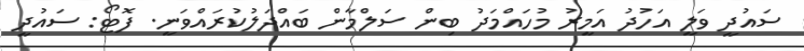
ސައުދީ ވަލީ އަހުދު އަމީރު މުހައްމަދު ބިން ސަލްމާން ބައްދަލުކުރައްވަނީ. ފޮޓޯ: ސައުދީ